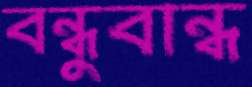
বন্ধুবান্ধ